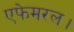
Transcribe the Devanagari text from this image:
एफेमरल।